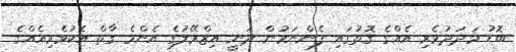
ބޮޑު މަދަދުވެރި އެއްގެ ގޮތުގައި ފެންނަމުން ދަނީ އިޒްރޭލުގެ އެންމެ ގާތް އެކުވެރިއެއްގެ